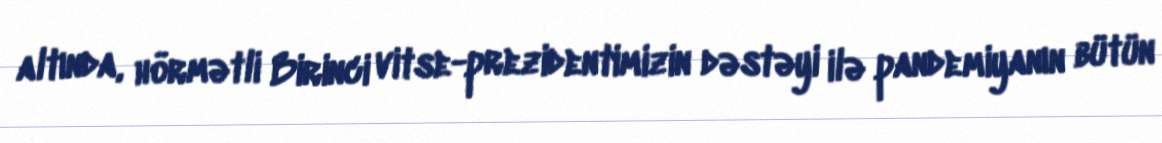
altında, hörmətli Birinci vitse-prezidentimizin dəstəyi ilə pandemiyanın bütün